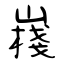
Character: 嶘